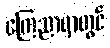
ကြေညာရာတွင်